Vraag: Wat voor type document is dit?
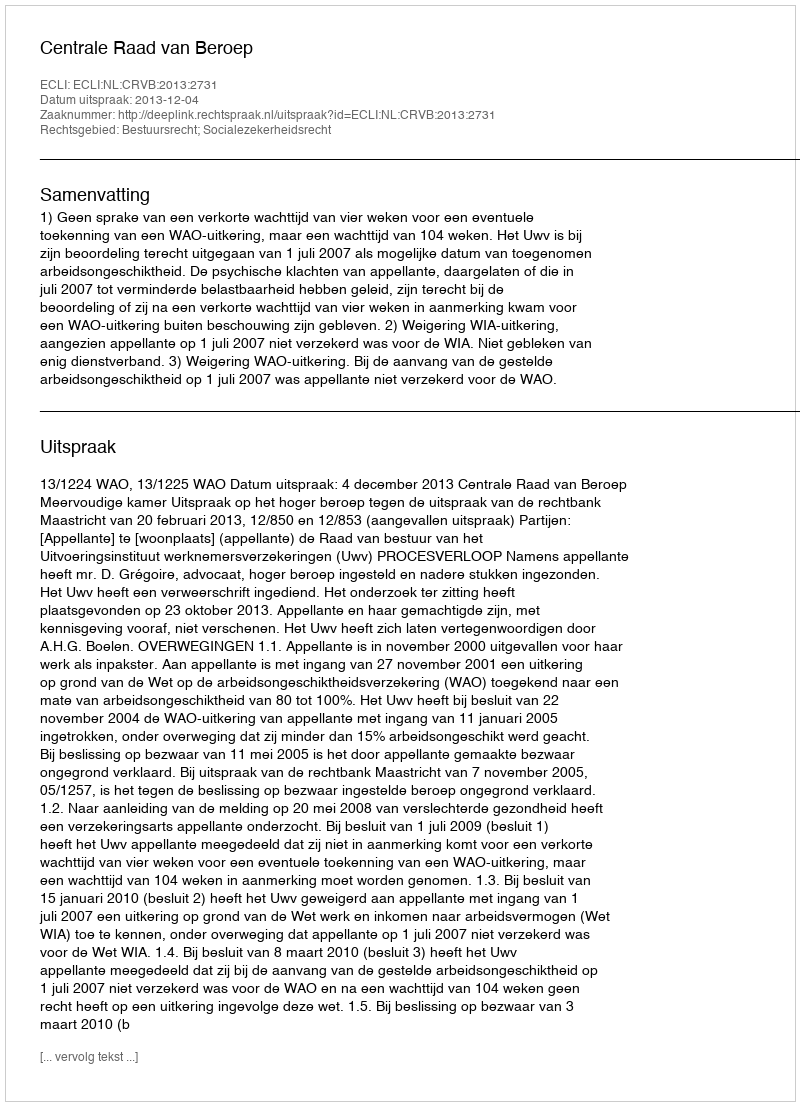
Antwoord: Uitspraak